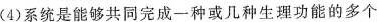
(4)系统是能够共同完成一种或几种生理功能的多个